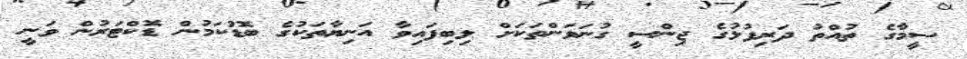
ސީމާގެ ތުއްތު ދަރިފުޅުގެ ޖިންސީ ގުނަވަންތަކަށް ލިބިފައިވާ އަނިޔާތަކުގެ ބޮޑުކަމުން ޑޮކްޓަރުން ވަނީ